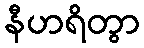
နီဟရိတွာ